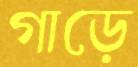
গাড়ে